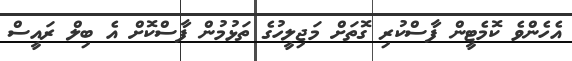
އެހެންވެ ކޮމެޓީން ފާސްކުރި ގޮތަށް މަޖިލީހުގެ ތަޅުމުން ފާސްކޮށް އެ ބިލް ރައީސް